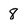
Character: 8